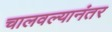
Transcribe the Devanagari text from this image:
चालवल्यानंतर